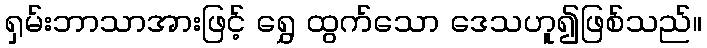
ရှမ်းဘာသာအားဖြင့် ရွှေ ထွက်သော ဒေသဟူ၍ဖြစ်သည်။